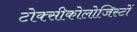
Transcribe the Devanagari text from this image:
टोक्सीकोलोजिस्टों